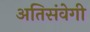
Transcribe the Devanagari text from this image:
अतिसंवेगी